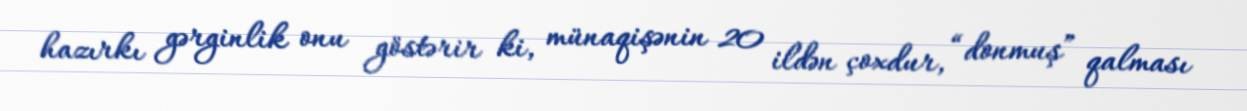
hazırkı gərginlik onu göstərir ki, münaqişənin 20 ildən çoxdur, “donmuş” qalması